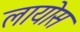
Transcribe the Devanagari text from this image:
लायोस